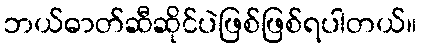
ဘယ်ဓာတ်ဆီဆိုင်ပဲဖြစ်ဖြစ်ရပါတယ်။